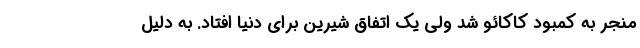
منجر به کمبود کاکائو شد ولی یک اتفاق شیرین برای دنیا افتاد. به دلیل